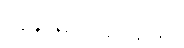
လူနာများအနေဖြင့်